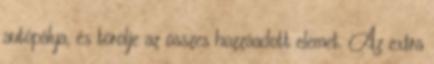
autópálya, és törölje az összes hozzáadott elemet. Az extra